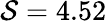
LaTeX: \mathcal{S}=4.52